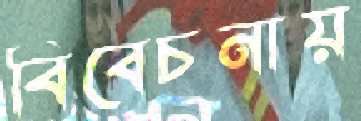
বিবেচনায়